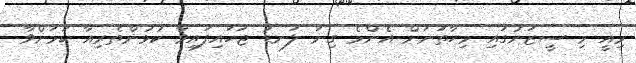
މިއީ މި ސީޒަނުގައި މިހާތަނަށް އެންމެ ގިނަ ލަނޑު ޖަހައިފައިވާ ކުޅުންތެރިއާ ކަމަށްވާ